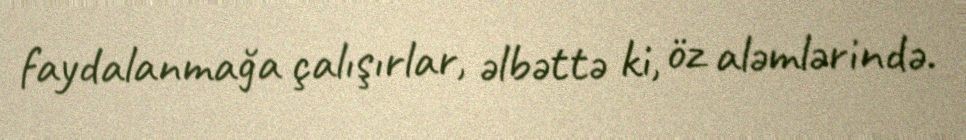
faydalanmağa çalışırlar, əlbəttə ki, öz aləmlərində.